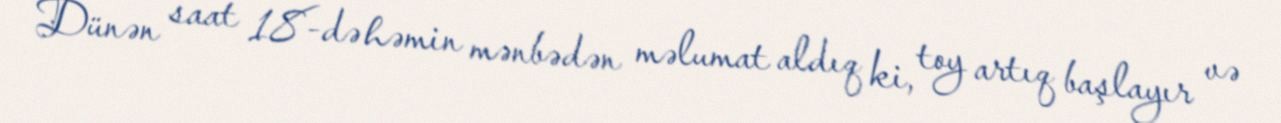
Dünən saat 18-də həmin mənbədən məlumat aldıq ki, toy artıq başlayır və